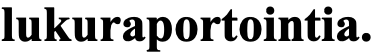
lukuraportointia.